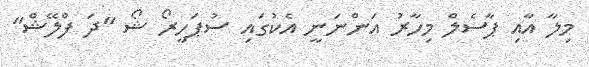
މިލާ އާއި ޕާސެލް މިހާރު އަންނަނީ އެކުގައި ސުޕަހީރޯ ޝޯ "ދަ ފްލޭޝް"